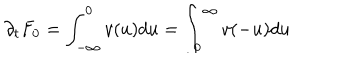
\partial _ { t } F _ { 0 } = \int _ { - \infty } ^ { 0 } v ( u ) d u = \int _ { 0 } ^ { \infty } v ( - u ) d u